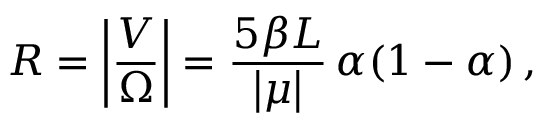
R = \left| \frac { V } { \Omega } \right| = \frac { 5 \beta L } { \left| \mu \right| } \, \alpha ( 1 - \alpha ) \, ,